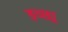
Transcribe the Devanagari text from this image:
इच्छा्